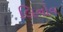
લિનોવ